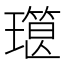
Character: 𰢔